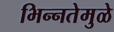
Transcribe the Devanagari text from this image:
भिन्‍नतेमुळे